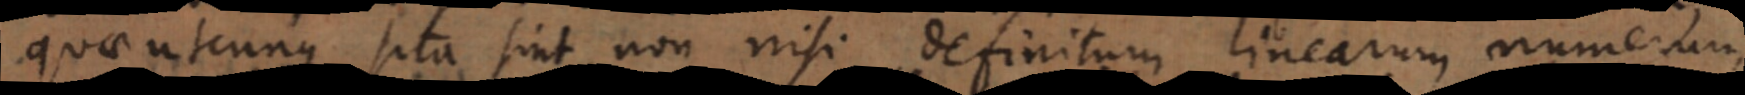
quae utcunque sita sint, non nisi definitum linearum numeru